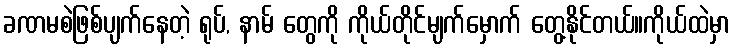
ခဏမစဲဖြစ်ပျက်နေတဲ့ ရုပ်, နာမ် တွေကို ကိုယ်တိုင်မျက်မှောက် တွေ့နိုင်တယ်။ကိုယ်ထဲမှာ